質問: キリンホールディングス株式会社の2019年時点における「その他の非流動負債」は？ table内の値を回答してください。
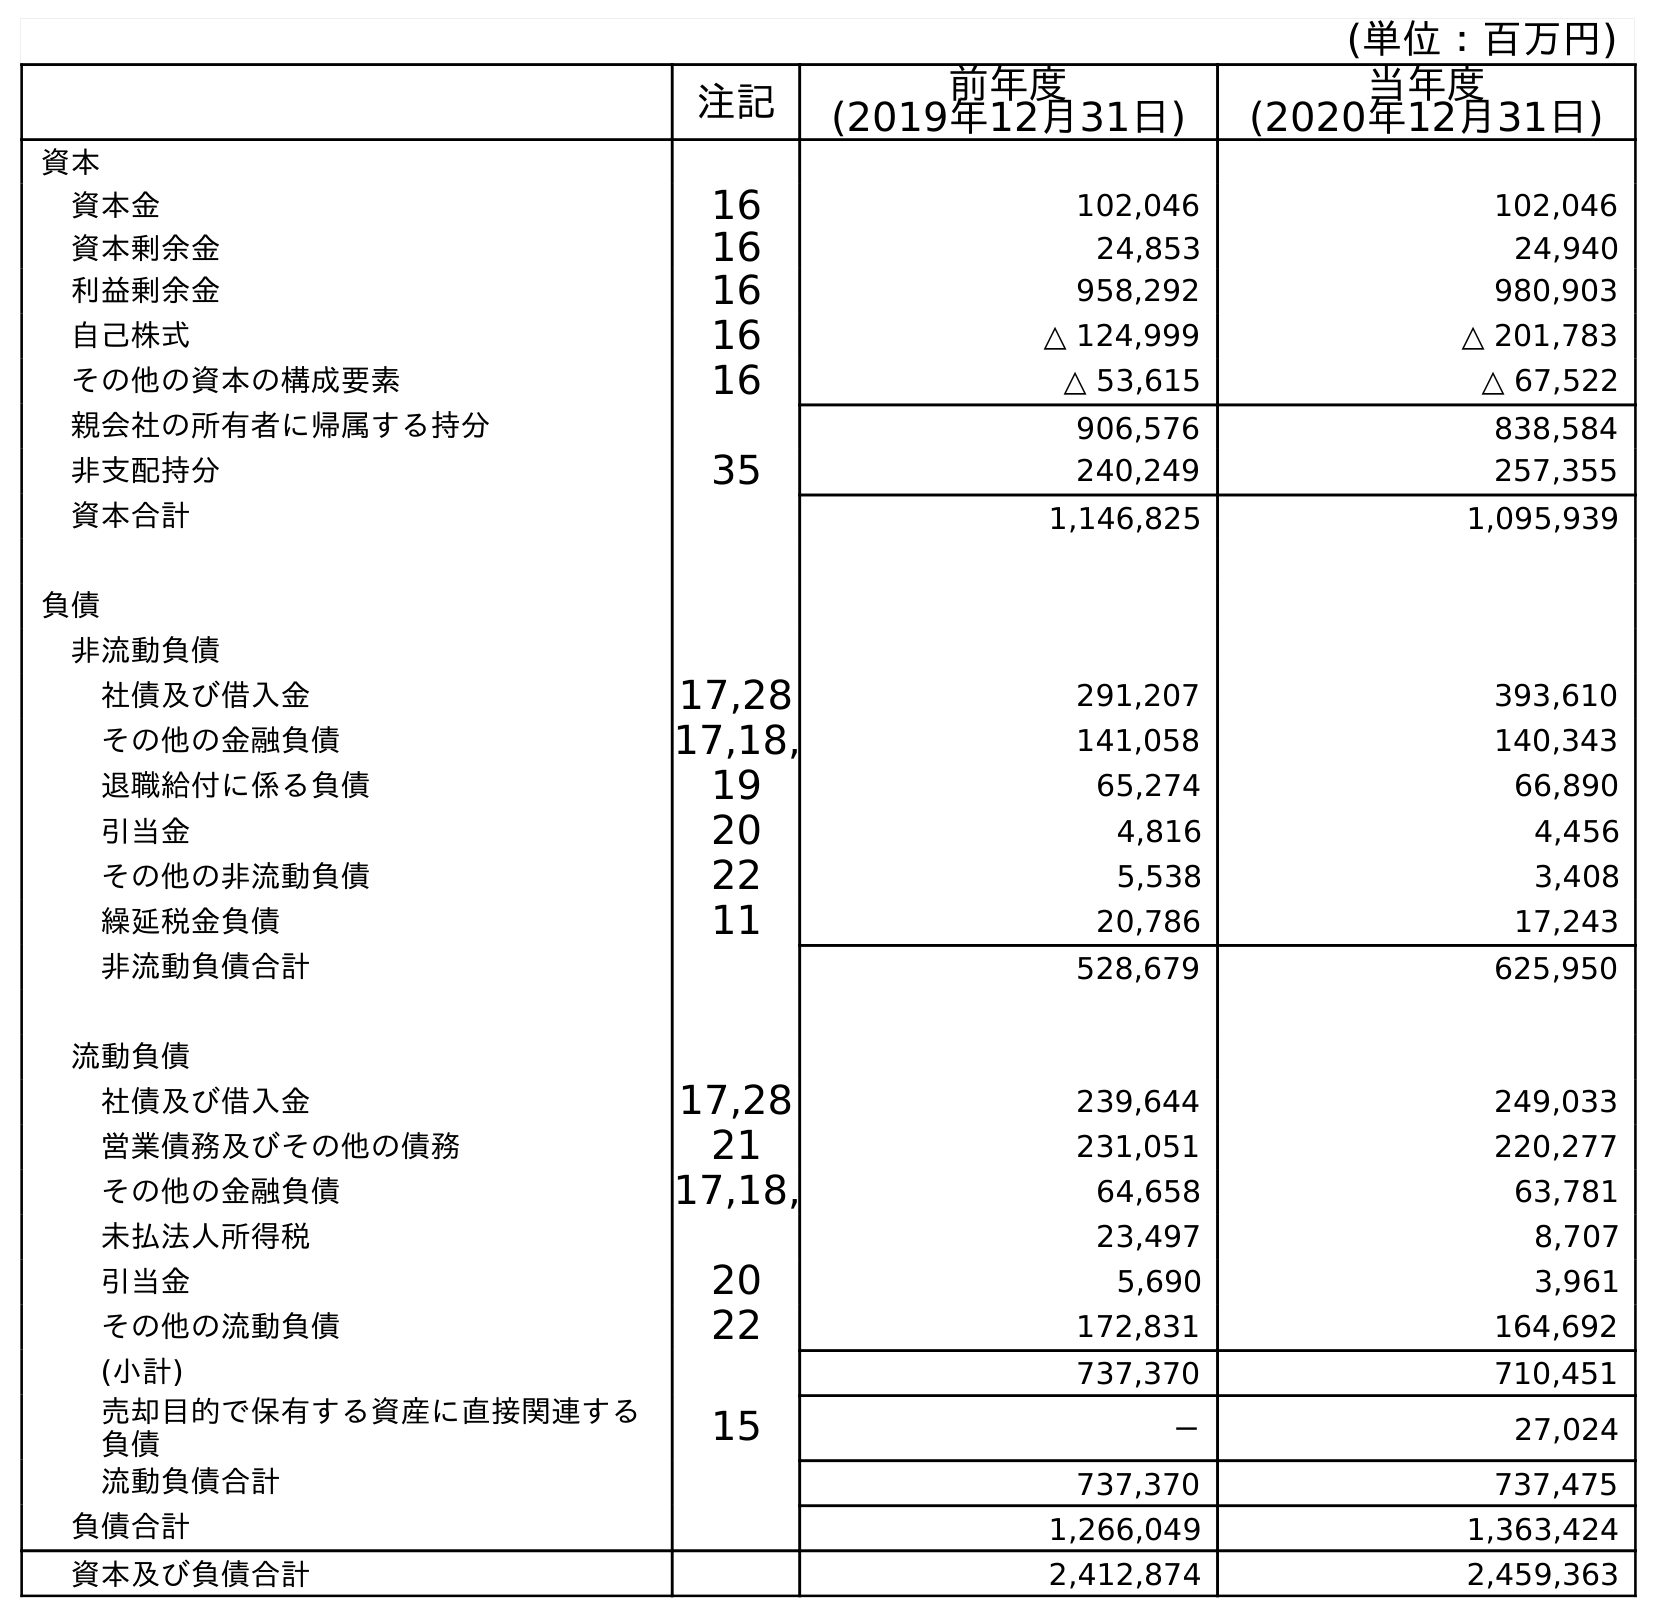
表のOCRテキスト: (単位：百万円) 注記 前年度 (2019年12月31日) 当年度 (2020年12月31日) 資本 資本金 16 102,046 102,046 資本剰余金 16 24,853 24,940 利益剰余金 16 958,292 980,903 自己株式 16 △ 124,999 △ 201,783 その他の資本の構成要素 16 △ 53,615 △ 67,522 親会社の所有者に帰属する持分 906,576 838,584 非支配持分 35 240,249 257,355 資本合計 1,146,825 1,095,939 負債 非流動負債 社債及び借入金 17,28 291,207 393,610 その他の金融負債 17,18, 141,058 140,343 退職給付に係る負債 19 65,274 66,890 引当金 20 4,816 4,456 その他の非流動負債 22 5,538 3,408 繰延税金負債 11 20,786 17,243 非流動負債合計 528,679 625,950 流動負債 社債及び借入金 17,28 239,644 249,033 営業債務及びその他の債務 21 231,051 220,277 その他の金融負債 17,18, 64,658 63,781 未払法人所得税 23,497 8,707 引当金 20 5,690 3,961 その他の流動負債 22 172,831 164,692 (小計) 737,370 710,451 売却目的で保有する資産に直接関連する 負債 15 － 27,024 流動負債合計 737,370 737,475 負債合計 1,266,049 1,363,424 資本及び負債合計 2,412,874 2,459,363
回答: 5,538